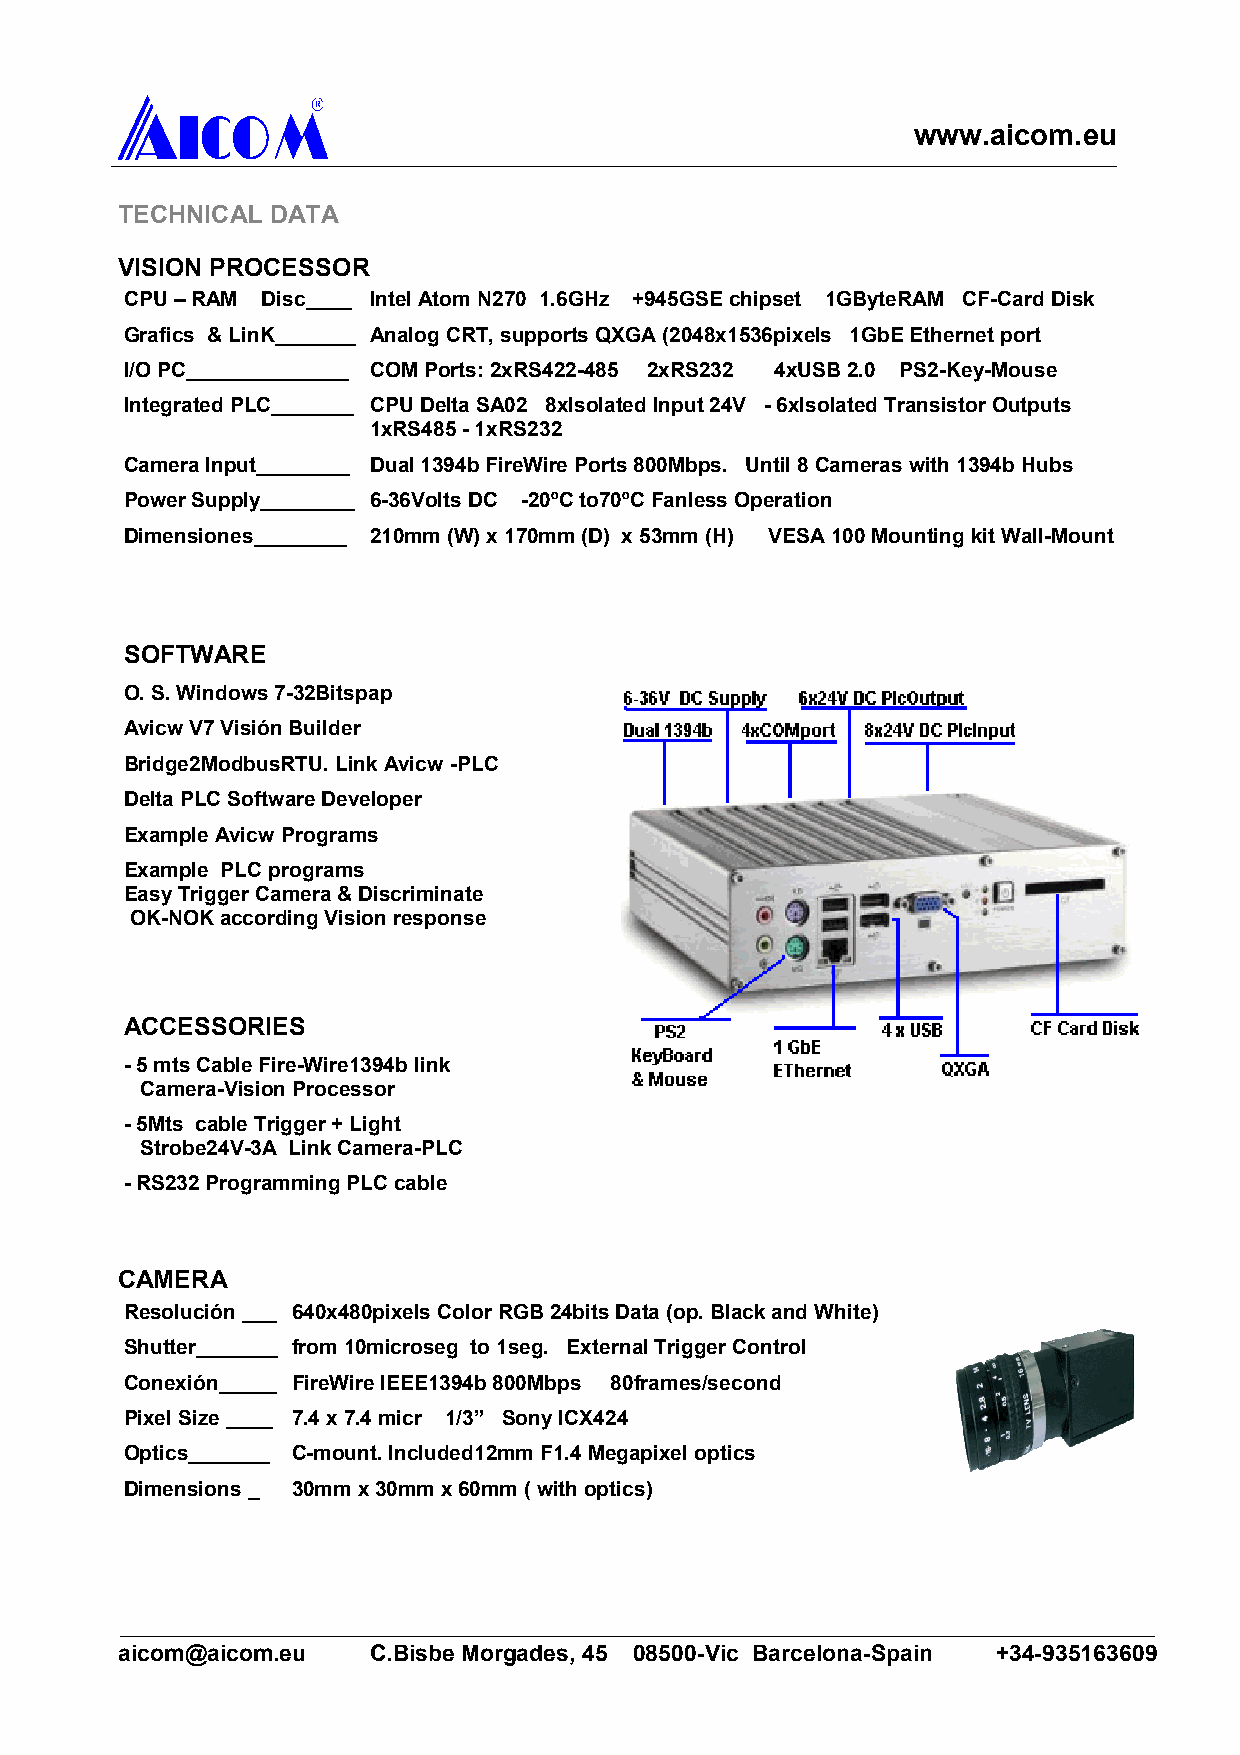
www.aicom.eu
 TECHNICAL DATA
 VISION PROCESSOR
 CPU – RAM Disc____ Intel Atom N270 1.6GHz +945GSE chipset 1GByteRAM CF-Card Disk
 Grafics & LinK_______ Analog CRT, supports QXGA (2048x1536pixels 1GbE Ethernet port
 I/O PC______________ COM Ports: 2xRS422-485 2xRS232 4xUSB 2.0 PS2-Key-Mouse
 Integrated PLC_______ CPU Delta SA02 8xIsolated Input 24V - 6xIsolated Transistor Outputs
 1xRS485 - 1xRS232
 Camera Input________ Dual 1394b FireWire Ports 800Mbps. Until 8 Cameras with 1394b Hubs
 Power Supply________ 6-36Volts DC -20ºC to70ºC Fanless Operation
 Dimensiones________ 210mm (W) x 170mm (D) x 53mm (H) VESA 100 Mounting kit Wall-Mount
 SOFTWARE
 O. S. Windows 7-32Bitspap
 Avicw V7 Visión Builder
 Bridge2ModbusRTU. Link Avicw -PLC
 Delta PLC Software Developer
 Example Avicw Programs
 Example PLC programs
 Easy Trigger Camera & Discriminate
 OK-NOK according Vision response
 ACCESSORIES
 - 5 mts Cable Fire-Wire1394b link
 Camera-Vision Processor
 - 5Mts cable Trigger + Light
 Strobe24V-3A Link Camera-PLC
 - RS232 Programming PLC cable
 CAMERA
 Resolución ___ 640x480pixels Color RGB 24bits Data (op. Black and White)
 Shutter_______ from 10microseg to 1seg. External Trigger Control
 Conexión_____ FireWire IEEE1394b 800Mbps 80frames/second
 Pixel Size ____ 7.4 x 7.4 micr 1/3” Sony ICX424
 Optics_______ C-mount. Included12mm F1.4 Megapixel optics
 Dimensions _ 30mm x 30mm x 60mm ( with optics)
 aicom@aicom.eu  C.Bisbe Morgades, 45 08500-Vic Barcelona-Spain +34-935163609